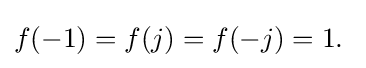
f(-1)=f(j)=f(-j)=1.\